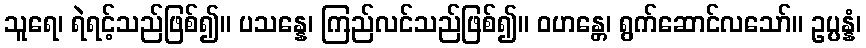
သူရေ၊ ရဲရင့်သည်ဖြစ်၍။ ပသန္နေ၊ ကြည်လင်သည်ဖြစ်၍။ ဝဟန္တေ၊ ရွက်ဆောင်လသော်။ ဥပ္ပန္နံ၊